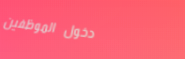
دخول الموظفين